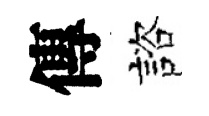
傳諮